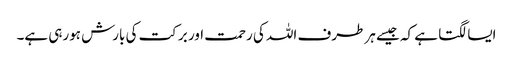
ایسا لگتا ہے کہ جیسے ہر طرف اللہ کی رحمت اور برکت کی بارش ہورہی ہے۔